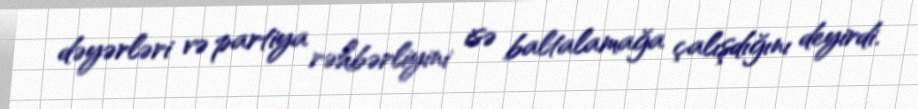
dəyərləri və partiya rəhbərliyini isə baltalamağa çalışdığını deyirdi.